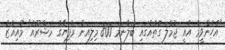
"އެހެންވީމާ އެއީ ޖުމްލަ ގޮތެއްގައި ބަލާނަމަ 800 މިލިއަން ރުފިޔާގެ މަޝްރޫއު" މުއިއްޒު